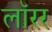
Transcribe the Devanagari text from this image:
लॉरर